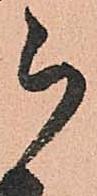
被